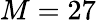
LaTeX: M=27